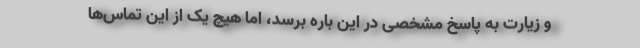
و زیارت به پاسخ مشخصی در این باره برسد، اما هیچ یک از این تماس‌ها